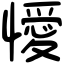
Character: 懓